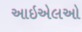
આઇએલઓ